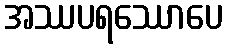
အဿပရဿောပေ